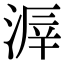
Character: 𣸒